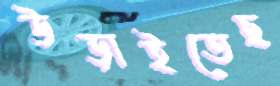
উড়াইতেছ